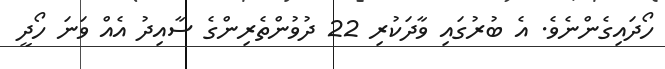
ހޯދައިގެންނެވެ. އެ ބުރުގައި ވާދަކުރި 22 ދުވުންތެރިންގެ ސާއިދު އެއްް ވަނަ ހޯދީ